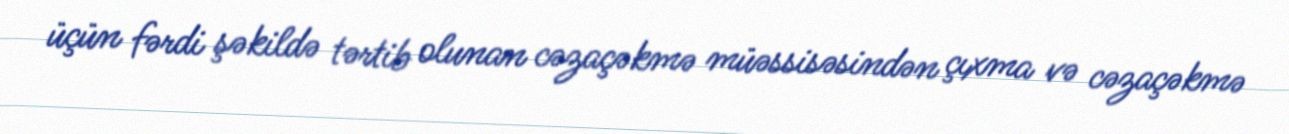
üçün fərdi şəkildə tərtib olunan cəzaçəkmə müəssisəsindən çıxma və cəzaçəkmə